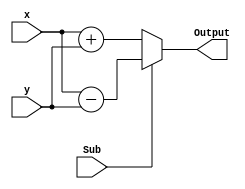
module addSub ( Sub, x, y, Output);

parameter n = 8;
input Sub;
input [n-1:0]x, y;
output [n-1:0]Output;

wire [n-1:0]X, Y, product;

assign product = Sub? (X-Y):(X+Y);
assign Output = product;
assign X = x;
assign Y = y;

endmodule

//module addSub(
//	input 	[7:0] A, B,
//	input	Sub,
//	output	reg	[7:0] RESULT
//);
//
//	always @ (Sub, A, B)
//	begin
//		if(Sub)	RESULT = A - B;
//		else	RESULT = A + B;
//	end
//	
//endmodule